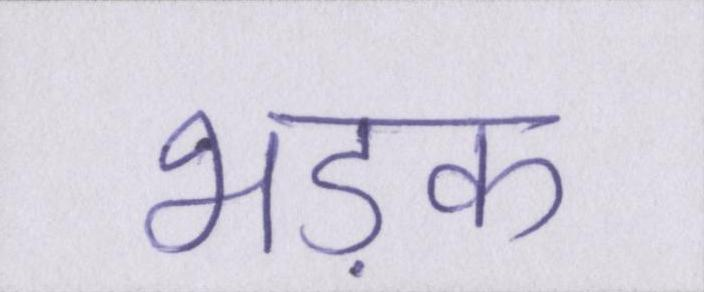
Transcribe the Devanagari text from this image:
भड़क